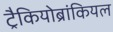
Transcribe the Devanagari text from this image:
ट्रैकियोब्रांकियल